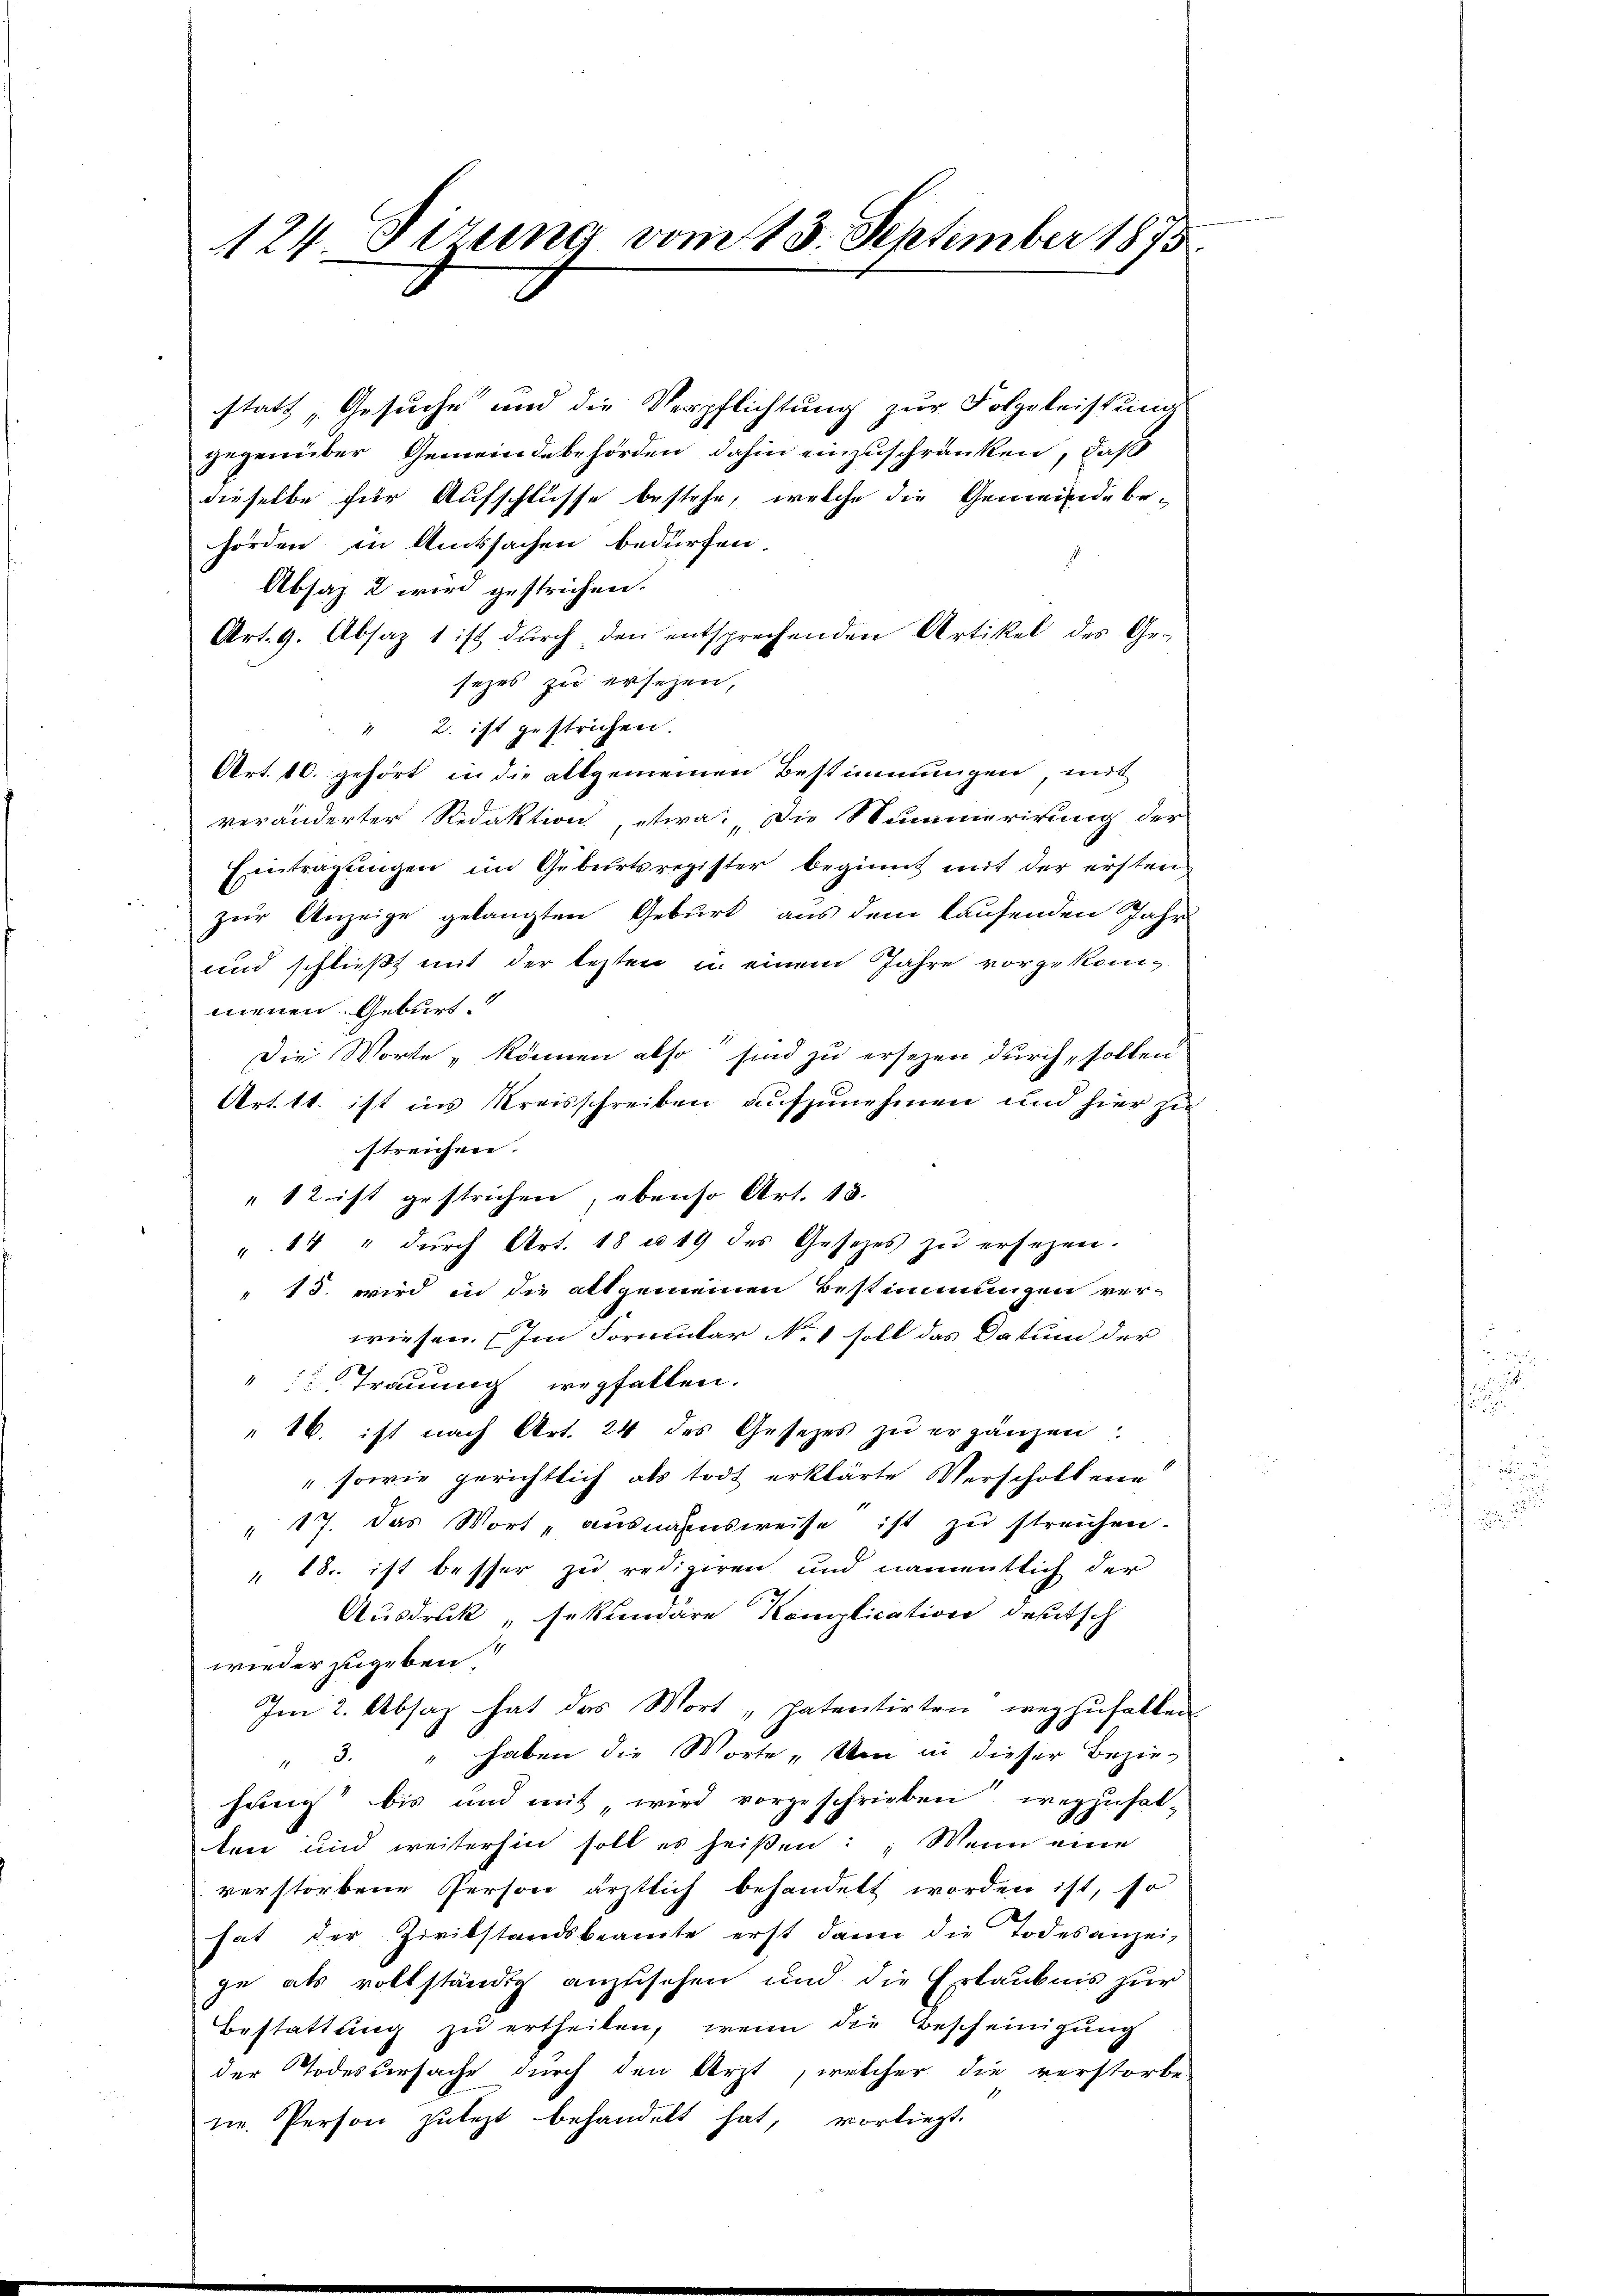
124 Fizung vom 13. September 1875.

statt „Gesuche und die Verpflichtung zur Folgeleistung
gegenüber Gemeindebehörden dahin einzuschränken, daß
dieselbe für Aufschlüsse bestehe, welche die Gemeinde behörden in Amtsachen bedürfen.
Absaz 2 wird gestrichen.
Art. 9. Absaz 1 ist durch den entsprechenden Artikel des Ge-
sezes zu ersehen,
" 2. ist gestrichen.
Art. 10. gehört in die allgemeinen Bestimmungen, mit
veränderter Redaktion, etwa: Die Stummerirung der
Eintragungen im Geburtsregister beginnt mit der ersten
zur Anzeige gelangten Geburt aus dem laufenden Jahr
und schließt mit der lezten u. einem Jahre vorgekommenen. Geburt.
Die Worte, können also sind zu ersezen durch sollen
Art. 11. ist ins Kreisschreiben aufzunehmen und hier zu
streichen.
12 ist gestrichen, ebenso Art. 18.
". 14 " dŭrch Art. 18 n 19 des Gesetzes zŭ ersehen.
" 15. wird in die allgemeinen Bestimmungen ver-
wiesen. Im Formular No 1 soll das Datum der
 Trauung wegfallen.
" 16. ist nach Art. 24 des Gesetzes zu ergänzen:
" sowie gerichtlich als todt erklärte Verscholtene
" 17. Das Wort „ausnahmsweise ist zu streichen.
" 18.. ist besser zu redigiren und namentlich der
Ausdruck „sekundare Komplication deutsch
wieder zugeben
Im 2. Absaz hat das Wort „patentirten wegzufallen
"3. " haben die Worte, den in dieser Bezie-
hang bis und mit wird vorgeschrieben wegzufal-
ten und weiterhin soll es heißen: Wenn eine
verstorbene Person ärztlich behandelt worden ist, so
hat der Zivilstandsbeamte erst dann die Todesanzei-
ge als vollständig anzusehen und die Erlaubnis zur
Bestattŭng zŭ ertheilen, wenn die Bescheinigŭng
der Todesversache durch den Arzt, welcher die verstorbe-
n. Person zulezt behandelt hat, vorliegt.